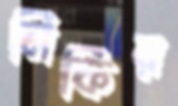
নিকির